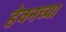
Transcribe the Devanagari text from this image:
हेवनच्या